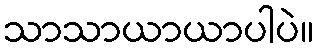
သာသာယာယာပါပဲ။